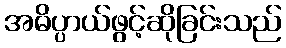
အဓိပ္ပာယ်ဖွင့်ဆိုခြင်းသည်